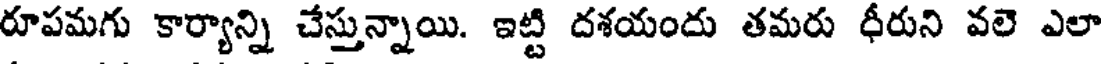
రూపమగు కార్యాన్ని చేస్తున్నాయి. ఇట్టి దశయందు తమరు ధీరుని వలె ఎలా